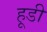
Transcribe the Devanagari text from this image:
हूडी